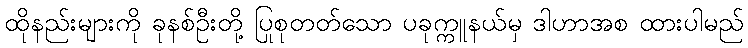
ထိုနည်းများကို ခုနစ်ဦးတို့ ပြုစုတတ်သော ပခုက္ကူနယ်မှ ဒါဟာအစ ထားပါမည်